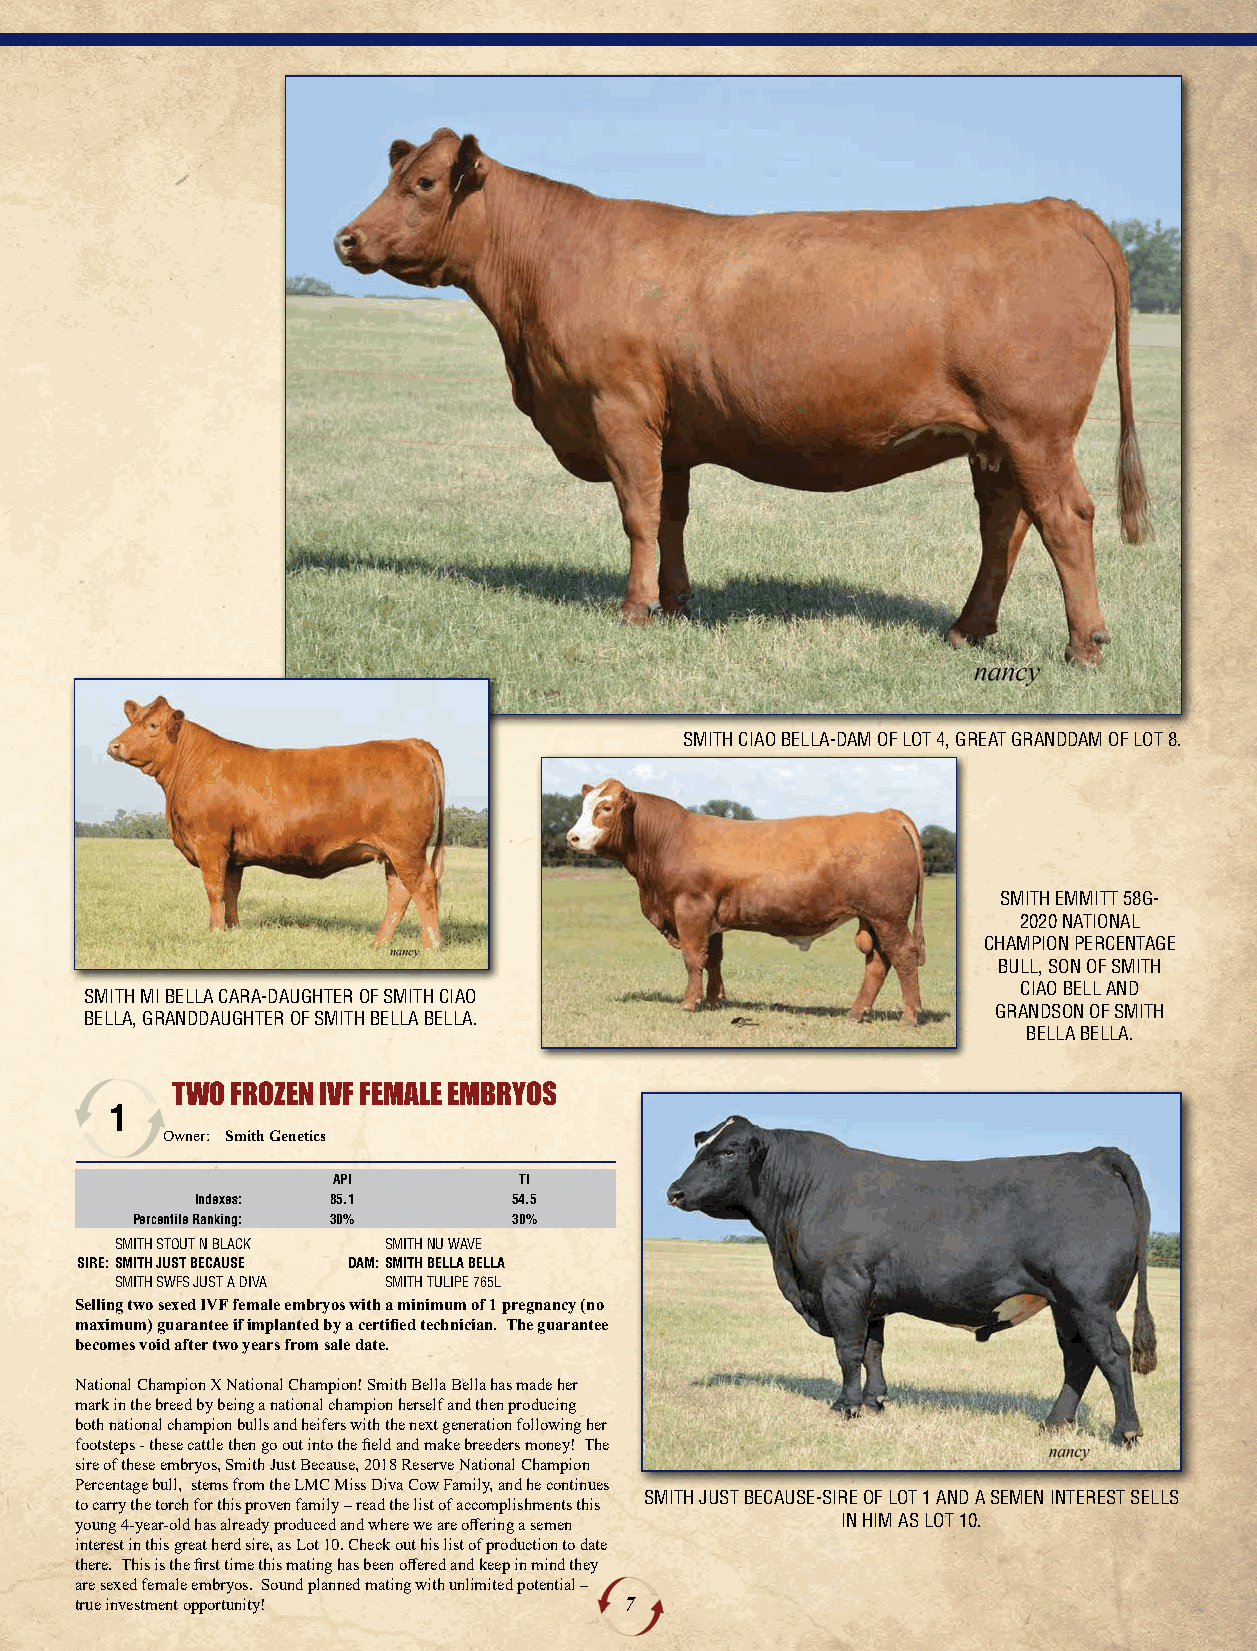
SMITH CIAO BELLA-DAM OF LOT 4, GREAT GRANDDAM OF LOT 8.
 SMITH EMMITT 58G-
 2020 NATIONAL
 CHAMPION PERCENTAGE
 BULL, SON OF SMITH
 CIAO BELL AND
 SMITH MI BELLA CARA-DAUGHTER OF SMITH CIAO
 GRANDSON OF SMITH
 BELLA, GRANDDAUGHTER OF SMITH BELLA BELLA.
 BELLA BELLA.
 TWO FROZEN IVF FEMALE EMBRYOS
 1
 Owner: Smith Genetics
 API         TI
 Indexes: 85.1        54.5
 Percentile Ranking: 30%  30%
 SMITH STOUT N BLACK SMITH NU WAVE
 SIRE:SMITH JUST BECAUSE DAM:SMITH BELLA BELLA
 SMITH SWFS JUST A DIVA SMITH TULIPE 765L
 Selling two sexed IVF female embryos with a minimum of 1 pregnancy (no
 maximum) guarantee if implanted by a certified technician. The guarantee
 becomes void after two years from sale date.
 National Champion X National Champion! Smith Bella Bella has made her
 mark in the breed by being a national champion herself and then producing
 both national champion bulls and heifers with the next generation following her
 footsteps - these cattle then go out into the field and make breeders money! The
 sire of these embryos, Smith Just Because, 2018 Reserve National Champion
 Percentage bull, stems from the LMC Miss Diva Cow Family, and he continues
 SMITH JUST BECAUSE-SIRE OF LOT 1 AND A SEMEN INTEREST SELLS
 to carry the torch for this proven family – read the list of accomplishments this
 young 4-year-old has already produced and where we are offering a semen IN HIM AS LOT 10.
 interest in this great herd sire, as Lot 10. Check out his list of production to date
 there. This is the first time this mating has been offered and keep in mind they
 are sexed female embryos. Sound planned mating with unlimited potential –
 true investment opportunity!        7